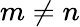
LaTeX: m\neq n